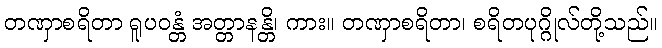
တဏှာစရိတာ ရူပဝန္တံ အတ္တာနန္တိ၊ ကား။ တဏှာစရိတာ၊ စရိတပုဂ္ဂိုလ်တို့သည်။